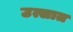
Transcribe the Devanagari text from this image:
उत्सात